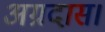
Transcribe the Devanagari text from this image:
अग्रदास।